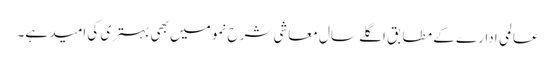
عالمی ادارے کے مطابق اگلے سال معاشی شرح نمو میں بھی بہتری کی امید ہے۔